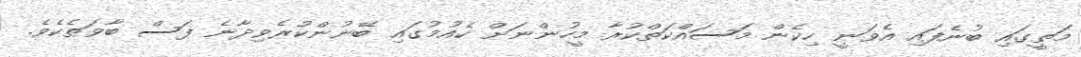
މަތީގައި ބުނެފައި އެވަނީ ހިކެން މަސައްކަތްކުރާ މީހުންނަށް ކެއުމުގައި ބޭނުންކުރެވިދާނެ ފަސް ބާވަތެކެވެ.